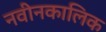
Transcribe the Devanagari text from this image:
नवीनकालिक